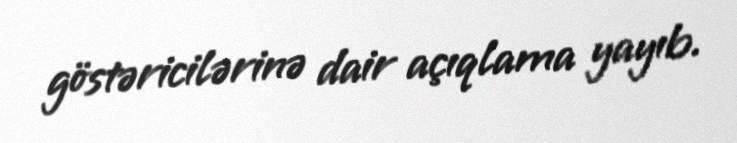
göstəricilərinə dair açıqlama yayıb.